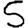
Digit: 5